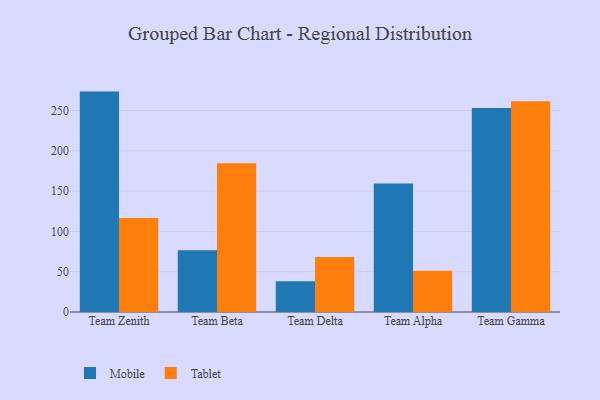
{"axis": {"x": "Team", "y": "Satisfaction Score"}, "legend": ["Mobile", "Tablet"], "data": [{"x": "Team Zenith", "y": 273.5, "type": "Mobile"}, {"x": "Team Zenith", "y": 116.6, "type": "Tablet"}, {"x": "Team Beta", "y": 76.5, "type": "Mobile"}, {"x": "Team Beta", "y": 184.7, "type": "Tablet"}, {"x": "Team Delta", "y": 38.1, "type": "Mobile"}, {"x": "Team Delta", "y": 68.4, "type": "Tablet"}, {"x": "Team Alpha", "y": 159.6, "type": "Mobile"}, {"x": "Team Alpha", "y": 51.2, "type": "Tablet"}, {"x": "Team Gamma", "y": 253.0, "type": "Mobile"}, {"x": "Team Gamma", "y": 261.4, "type": "Tablet"}]}